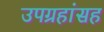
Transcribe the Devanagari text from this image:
उपग्रहांसह